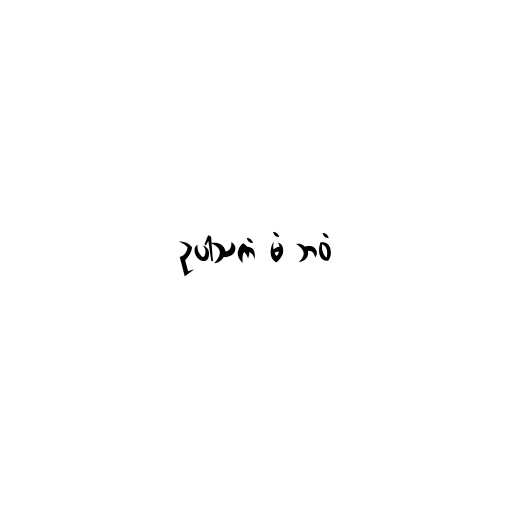
ဥပါသကံ မံ ဘဝံ